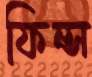
ফিন্স